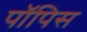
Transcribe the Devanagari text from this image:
पॉपिस